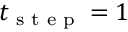
t _ { \textrm { s t e p } } = 1